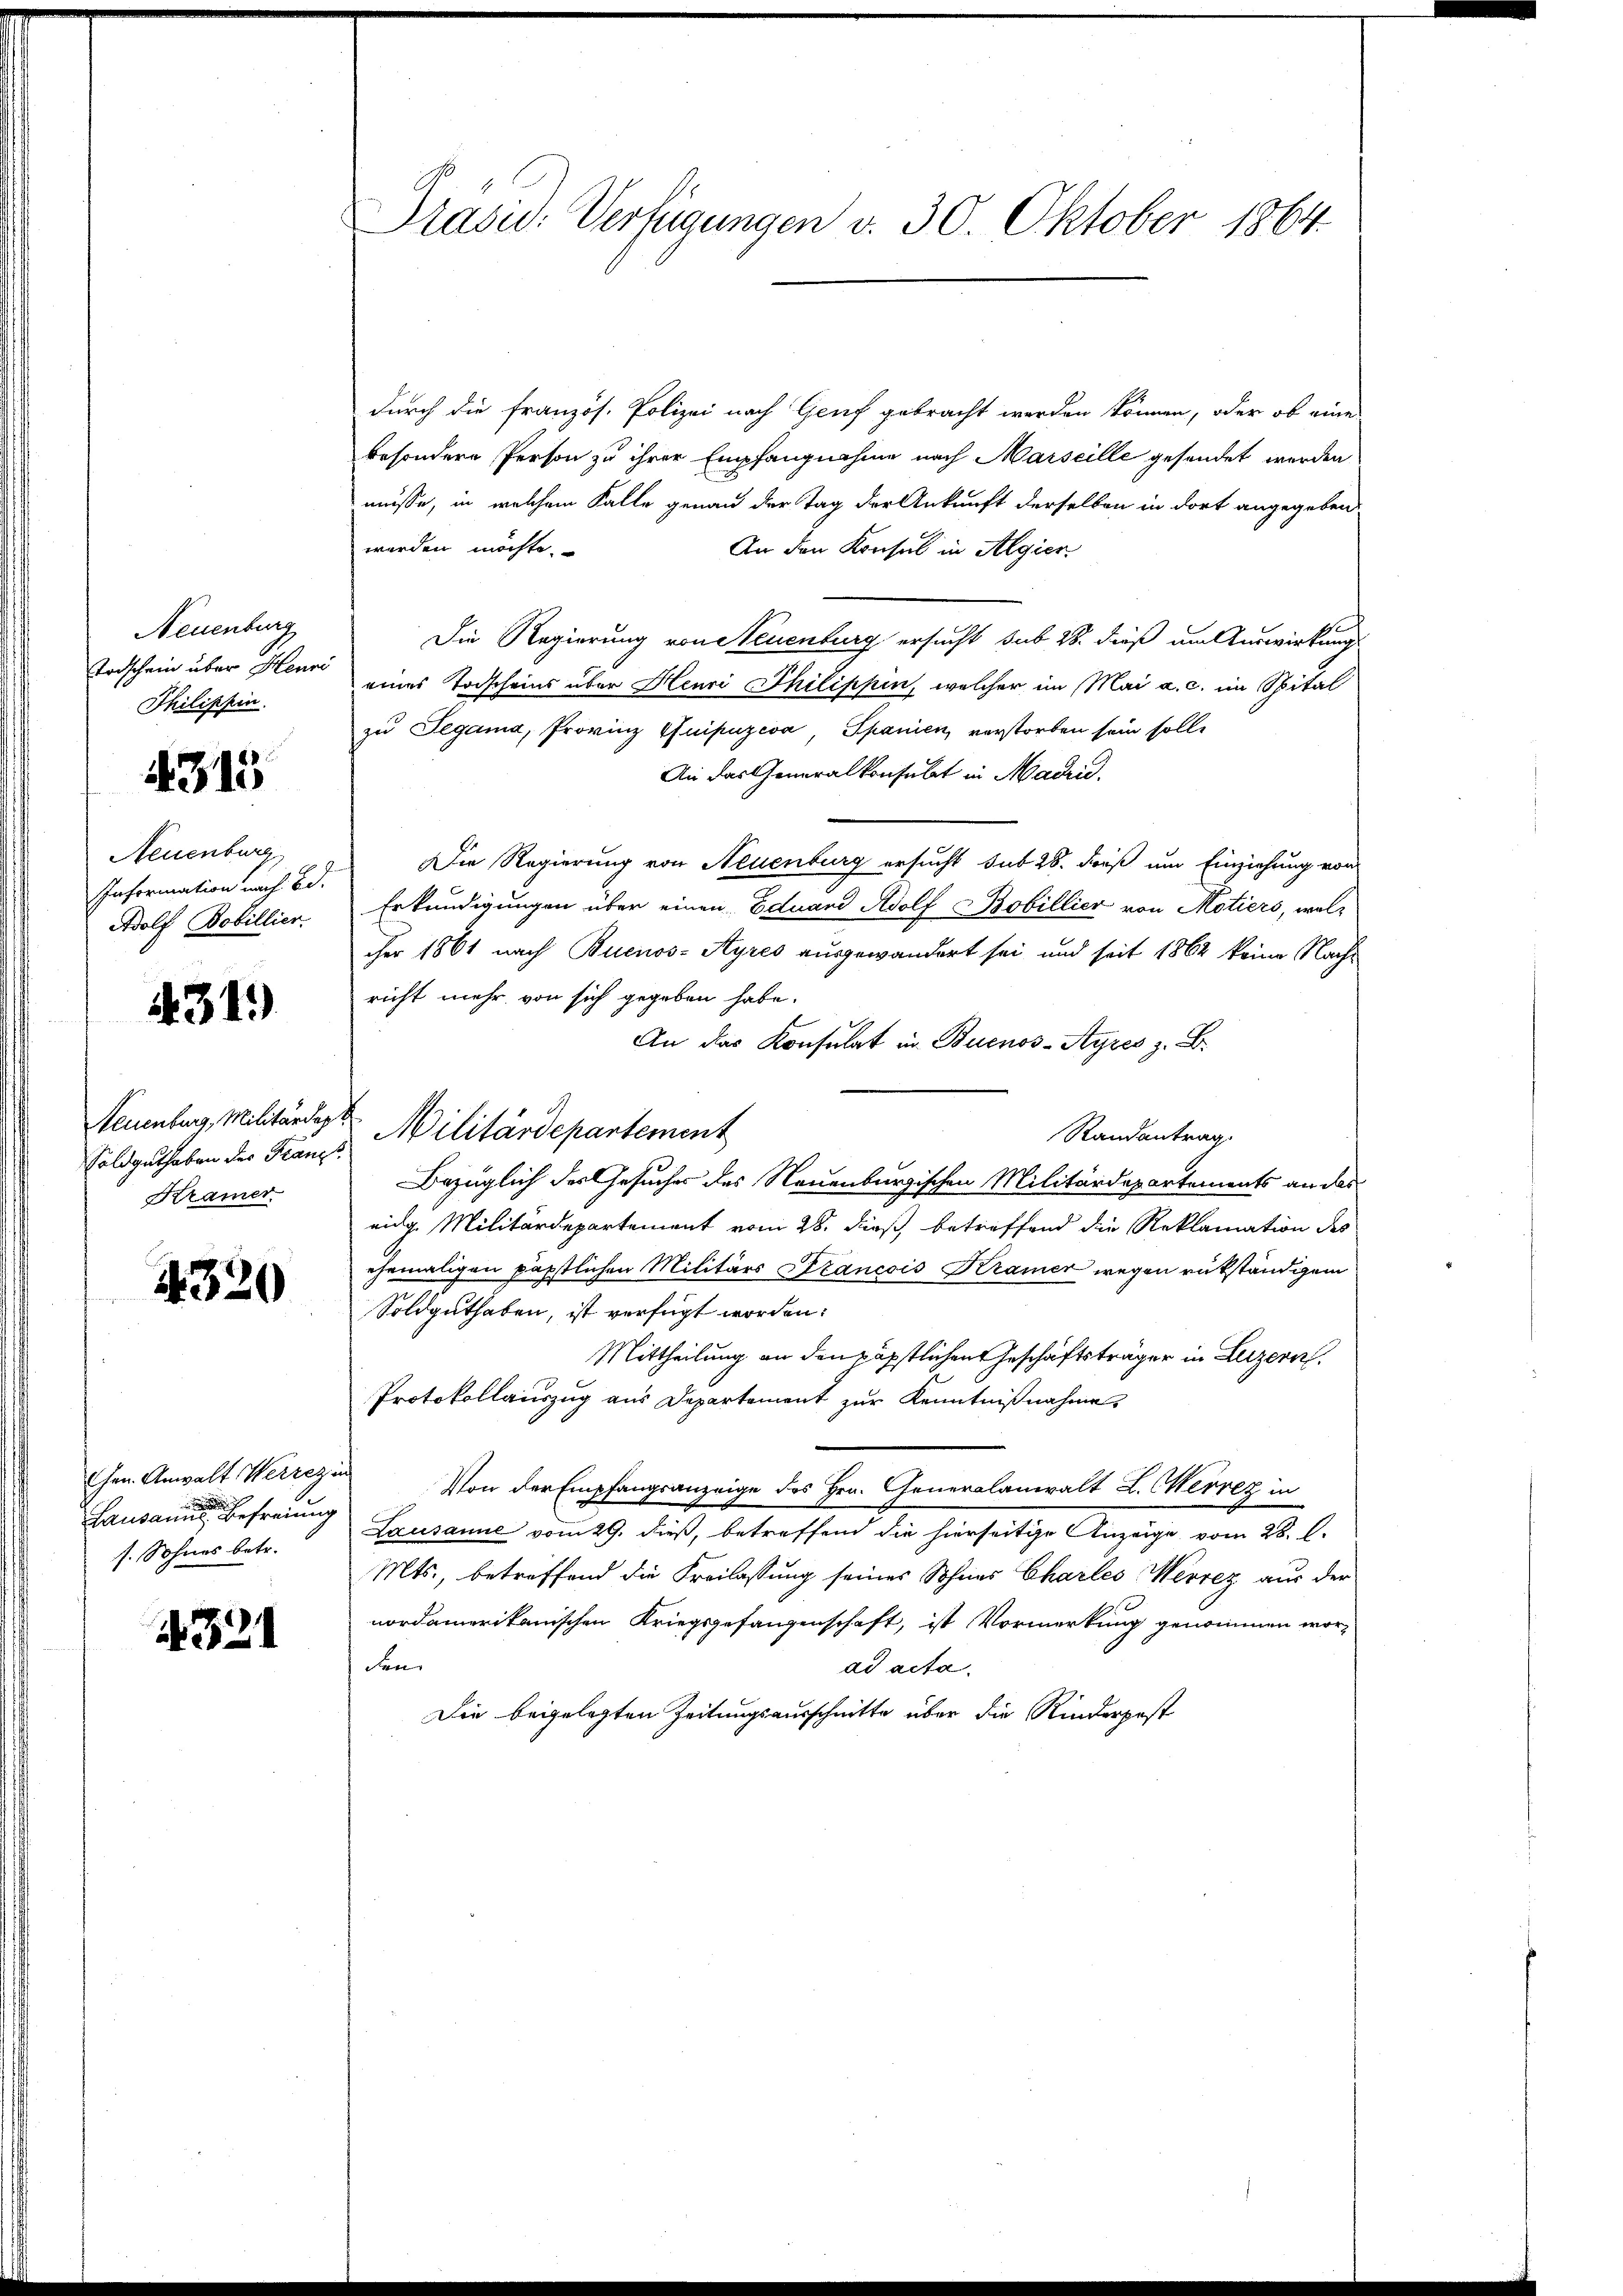
Neuenburg
Todschein über Heuri
Philippin

4315

Neuenburg
Information nach Bd.
Adolf Bobillier.

431)

Neuenburg, Militärdepr
Soldguthaben des Franz
Kramer.

1320

Gen. Anwalt Werrez.
Lausannes der freiung
s. Sohnes betr.

4321

Präsid. Verfügungen v. 30. Oktober 1864.

durch die französ. Polizei nach Genf gebracht werden können, oder ob eine
besondere Person zu ihrer Empfangnahme nach Marseille gesendet werden
müsse, in welchem Falle genau der Tag der Ankunft derselben in dort angegeben
werden möchte.
An den Konsul in Algier
Die Regierung von Steuenburg ersucht sub 28. dieß um Auswirkung
eines Todscheins über Henri Philippen, welcher im Mai a. c. im Spital
zu Segama, Provinz Quipuzeva, Spanien, verstorben sein solle
An das Generalkonsulat in Madrid.
Die Regierung von Neuenburg ersucht sub 28. dieß um Einziehung von
Erkundigungen über einen Eduard Adolf Bobillier von Motiers, welcher 1861 nach Buenos-Ayres ausgewandert sei und seit 1862 keine Nachricht mehr von sich gegeben habe.
An das Konsulat in Buenos-Ayres z. B.
Militärdepartement
Randantrag
Bezüglich des Gesucher des Neuenburgischen Militärdepartements an das
eidg. Militärdepartement vom 28. dieß, betreffend die Reklamation des
ehemaligen päpstlichen Militärs Francois Kramer wegen rükständigem
Soldguthaben, ist verfügt worden.
Mittheilung an den päpstlichen Geschäftsträger in Luzern,
Protokollauszug aus Departement zur Kenntnißnahme
Von der Empfangsanzeige des Hrn. Generalanwalt L. Merrez in
Lausanne vom 29. dieß, betreffend die hierseitige Anzeige, vom 28. C.
Mts., betreffend die Freilassung seines Sohnes Charles Werrez aus der
nordamerikanischen Kriegsgefangenschaft, ist Vormerkung genommen wor-
den
ad acta.
Die beigelegten Zeitungsausschnitte über die Kinderpost